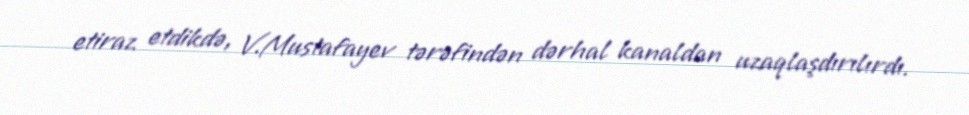
etiraz etdikdə, V.Mustafayev tərəfindən dərhal kanaldan uzaqlaşdırılırdı.